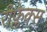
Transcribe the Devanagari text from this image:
रीफ्लेक्स